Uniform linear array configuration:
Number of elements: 64
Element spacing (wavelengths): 0.25
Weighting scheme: cosine
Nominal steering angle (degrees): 30
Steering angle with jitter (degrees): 31.333
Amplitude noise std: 0.05
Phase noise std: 0.05

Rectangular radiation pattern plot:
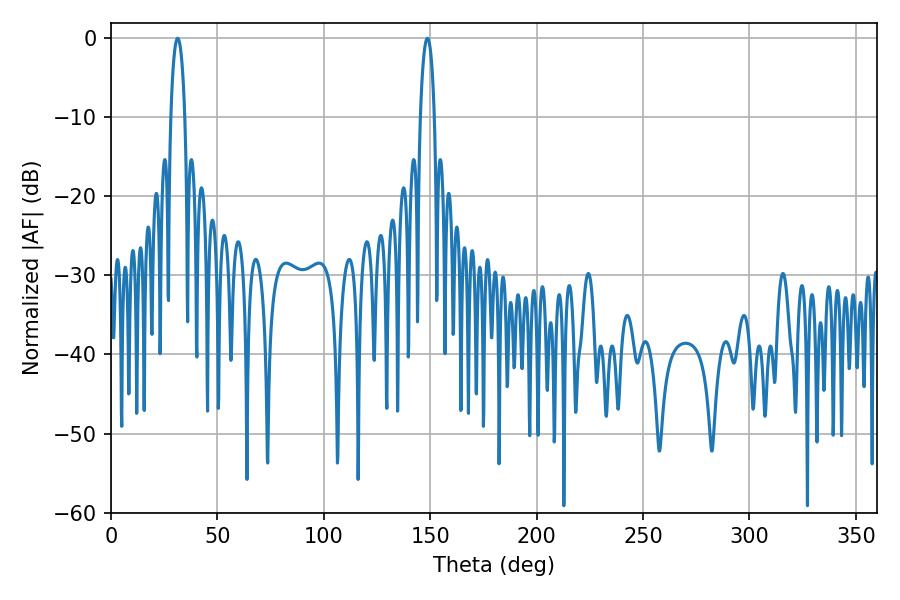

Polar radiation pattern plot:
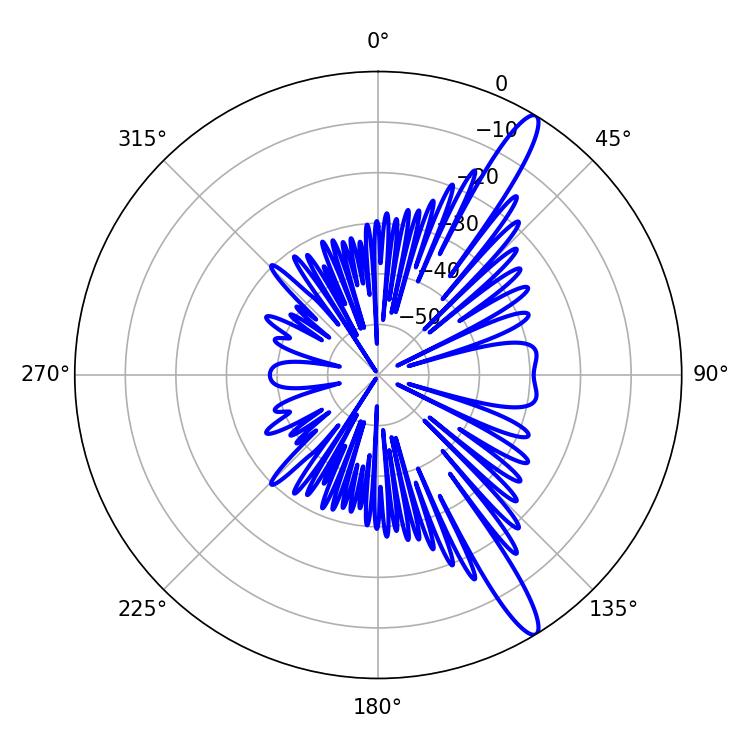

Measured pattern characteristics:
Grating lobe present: FALSE
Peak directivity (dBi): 14.139
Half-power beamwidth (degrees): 3.6
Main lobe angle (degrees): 31.32